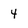
Character: 4